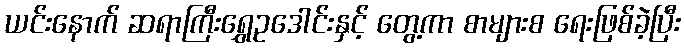
ယင်းနောက် ဆရာကြီးရွှေဥဒေါင်းနှင့် တွေ့ကာ စာများစ ရေးဖြစ်ခဲ့ပြီး